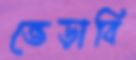
ভেড়াবি